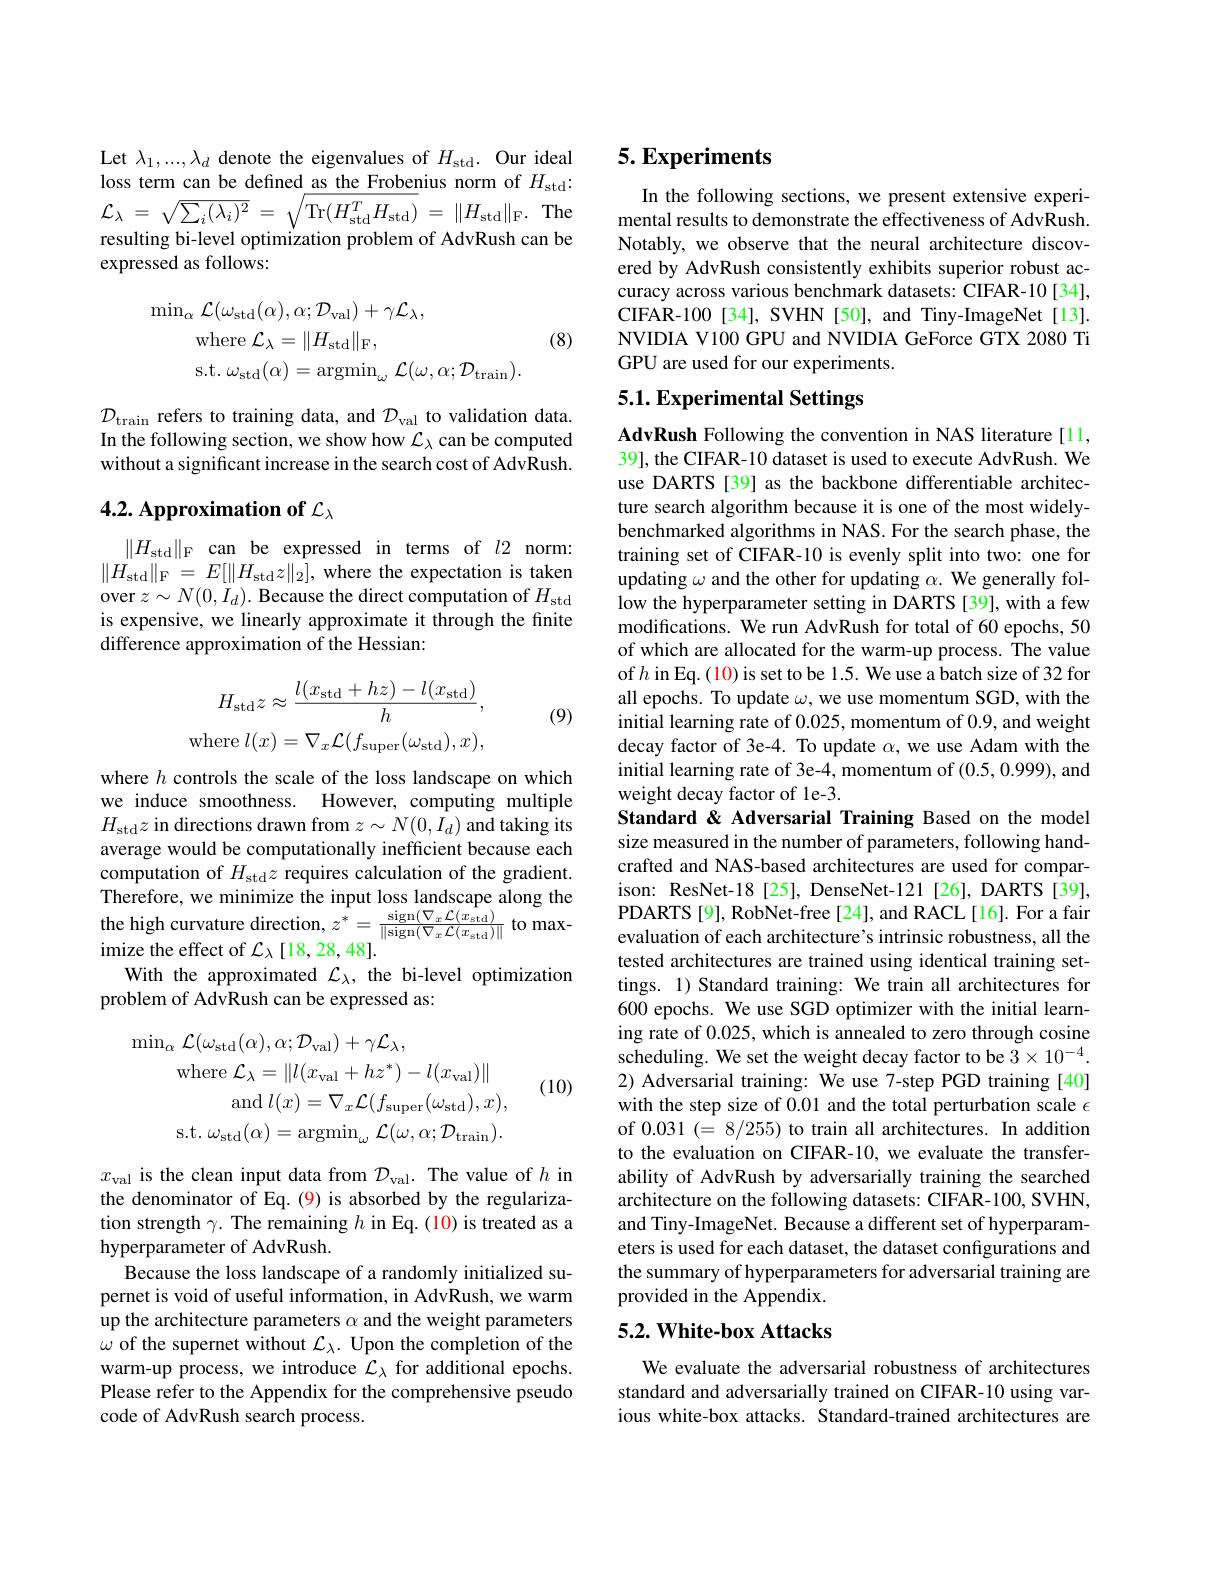
Let $\lambda_1,...,\lambda_d$ denote the eigenvalues of $H_\mathrm{std}.$ Our ideal loss term can be defined as the Frobenius norm of $H_\mathrm{std}{:}$ $\mathcal{L} _{\lambda }$ = $\sqrt {\sum _{i}( \lambda _{i}) ^{2}}$ = $\sqrt {\mathrm{Tr}( H_{\mathrm{std}}^{T}H_{\mathrm{std}}) }$ = $\| H_{\mathrm{std}}\| _{\mathrm{F} }$ The

resulting bi-level optimization problem of AdvRush can be
expressed as follows:

(8)
$$\begin{aligned}\operatorname*{min}_{\alpha}\mathcal{L}(\omega_{\mathrm{std}}(\alpha),\alpha;\mathcal{D}_{\mathrm{val}})+\gamma\mathcal{L}_{\lambda},\\\mathrm{where}\:\mathcal{L}_{\lambda}=\|H_{\mathrm{std}}\|_{\mathrm{F}},\\\mathrm{s.t.}\:\omega_{\mathrm{std}}(\alpha)=\mathrm{argmin}_{\omega}\:\mathcal{L}(\omega,\alpha;\mathcal{D}_{\mathrm{train}}).\end{aligned}$$
$\mathcal{D}_{\mathrm{train~}}$ refers to training data, and $\mathcal{D}_\mathrm{val~}$ to validation data. In the following section, we show how $\mathcal{L}_\lambda$ can be computed without a significant increase in the search cost of AdvRush.

# 4.2. Approximation of $\mathcal{L}_\lambda$

$\|H_{\mathrm{std}}\|_{\mathrm{F}}$can be expressed in terms of $l2$ norm: $\|H_{\mathrm{std}}\|_{\mathrm{F}}=E[\|H_{\mathrm{std}}z\|_{2}]$,where the expectation is taken over $z\sim N(0,I_d).$ Because the direct computation of $H_\mathrm{std}$ is expensive, we linearly approximate it through the finite difference approximation of the Hessian:
$$\begin{aligned}H_{\mathrm{std}}z&\approx\frac{l(x_{\mathrm{std}}+hz)-l(x_{\mathrm{std}})}{h},\\\mathrm{where}\:l(x)&=\nabla_{x}\mathcal{L}(f_{\mathrm{super}}(\omega_{\mathrm{std}}),x),\end{aligned}$$
(9)

where $h$ controls the scale of the loss landscape on which we induce smoothness. However, computing multiple $H_{\mathrm{std}}z$ in directions drawn from $z\sim N(0,I_d)$ and taking its average would be computationally inefficient because each computation of $H_\mathrm{std}z$ requires calculation of the gradient. $\hat{\text{Therefore, we minimize the input loss landscape along the}}$ the high curvature direction, $z^{*}=\frac{\operatorname{sign}(\nabla_{x}\mathcal{L}(x_{\mathrm{std}})}{\|\operatorname{sign}(\nabla_{x}\mathcal{L}(x_{\mathrm{std}})\|}$ to maximize the effect of $\mathcal{L}_\lambda[18,28,48].$
With the approximated $\mathcal{L}_\lambda$, the bi-level optimization
problem of AdvRush can be expressed as:
$$\operatorname*{min}_{\alpha}\mathcal{L}(\omega_{\mathrm{std}}(\alpha),\alpha;\mathcal{D}_{\mathrm{val}})+\gamma\mathcal{L}_{\lambda},\\\mathrm{where}\:\mathcal{L}_{\lambda}=\|l(x_{\mathrm{val}}+hz^{*})-l(x_{\mathrm{val}})\|\\\mathrm{and}\:l(x)=\nabla_{x}\mathcal{L}(f_{\mathrm{super}}(\omega_{\mathrm{std}}),x),\\\mathrm{s.t.}\:\omega_{\mathrm{std}}(\alpha)=\mathrm{argmin}_{\omega}\:\mathcal{L}(\omega,\alpha;\mathcal{D}_{\mathrm{train}}).$$
(10)

$x_\mathrm{val}$ is the clean input data from $\mathcal D_\mathrm{val}.$ The value of $h$ in the denominator of Eq.(9) is absorbed by the regularization strength $\gamma.$ The remaining $h$ in Eq.(10) is treated as a hyperparameter of AdvRush.
Because the loss landscape of a randomly initialized supernet is void of useful information, in AdvRush, we warm up the architecture parameters $\alpha$ and the weight parameters $\omega$ of the supernet without $\mathcal{L}_\lambda.$ Upon the completion of the warm-up process, we introduce $\mathcal{L}_\lambda$ for additional epochs. Please refer to the Appendix for the comprehensive pseudo code of AdvRush search process.

# 5. Experiments

In the following sections, we present extensive experimental results to demonstrate the effectiveness of AdvRush. Notably, we observe that the neural architecture discovered by AdvRush consistently exhibits superior robust accuracy across various benchmark datasets: CIFAR-10[34], CIFAR-100[34], SVHN[50], and Tiny-ImageNet[13]. NVIDIA V100 GPU and NVIDIA GeForce GTX 2080 Ti GPU are used for our experiments.

# 5.1. Experimental Settings

AdvRush Following the convention in NAS literature[11, 39], the CIFAR-10 dataset is used to execute AdvRush. We use DARTS [39] as the backbone differentiable architecture search algorithm because it is one of the most widelybenchmarked algorithms in NAS. For the search phase, the training set of CIFAR-10 is evenly split into two: one for updating $\omega$ and the other for updating $\alpha.$ We generally follow the hyperparameter setting in DARTS [39], with a few modifications. We run AdvRush for total of 60 epochs, 50 of which are allocated for the warm-up process. The value of $h$ in Eq.(10) is set to be 1.5. We use a batch size of 32 for all epochs. To update $\omega$, we use momentum SGD, with the initial learning rate of 0.025, momentum of 0.9, and weight decay factor of 3e-4. To update $\alpha$, we use Adam with the initial learning rate of 3e-4, momentum of (0.5, 0.999), and weight decay factor of le-3.

Standard& Adversarial Training Based on the model size measured in the number of parameters, following handcrafted and NAS-based architectures are used for comparison: ResNet-18[25], DenseNet-121[26], DARTS[39], PDARTS [9], RobNet-free [24], and RACL[16]. For a fair evaluation of each architecture's intrinsic robustness, all the tested architectures are trained using identical training settings. 1) Standard training: We train all architectures for 600 epochs. We use SGD optimizer with the initial learning rate of 0.025, which is annealed to zero through cosine scheduling. We set the weight decay factor to be $3\times10^{-4}.$ 2) Adversarial training: We use 7-step PGD training [40] with the step size of 0.01 and the total perturbation scale $\epsilon$ of 0.031 (=8/255) to train all architectures. In addition to the evaluation on CIFAR-10, we evaluate the transferability of AdvRush by adversarially training the searched architecture on the following datasets: CIFAR-100, SVHN, and Tiny-ImageNet. Because a different set of hyperparameters is used for each dataset, the dataset configurations and the summary of hyperparameters for adversarial training are provided in the Appendix. 5.2. White-box Attacks

We evaluate the adversarial robustness of architectures standard and adversarially trained on CIFAR-10 using various white-box attacks. Standard-trained architectures are